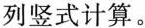
列竖式计算。